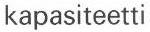
kapasiteetti